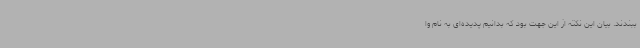
ببندند. بیان این نکته از این جهت بود که بدانیم پدیده‌ای به نام وا